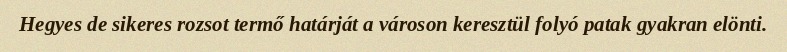
Hegyes de sikeres rozsot termő határját a városon keresztül folyó patak gyakran elönti.